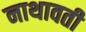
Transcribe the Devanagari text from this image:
नाथावती